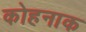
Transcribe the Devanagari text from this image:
कोहनाक